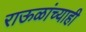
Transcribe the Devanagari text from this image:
राऊळांच्याही